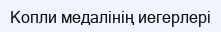
Копли медалінің иегерлері